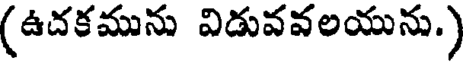
(ఉదకమును విడువవలయును.)